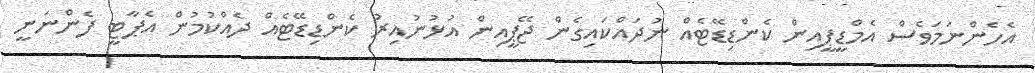
އެހެންނަމަވެސް އެމްޑީޕީއިން ކެންޑިޑޭޓެއް ނުދައްކައިގެން ޖޭޕީއިން އުޅުނުއިރު ކެންޑިޑޭޓެއް ދެއްކުމުން އެޕާޓީ ފެންނަނީ